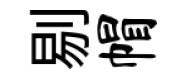
剔帽